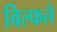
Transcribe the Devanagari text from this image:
विल्फले